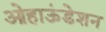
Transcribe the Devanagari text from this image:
ओहाऊंडेशन